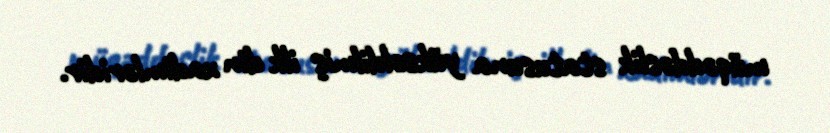
müqəddəslik statusuna yüksəldilmiş ilk din xadimləridir.